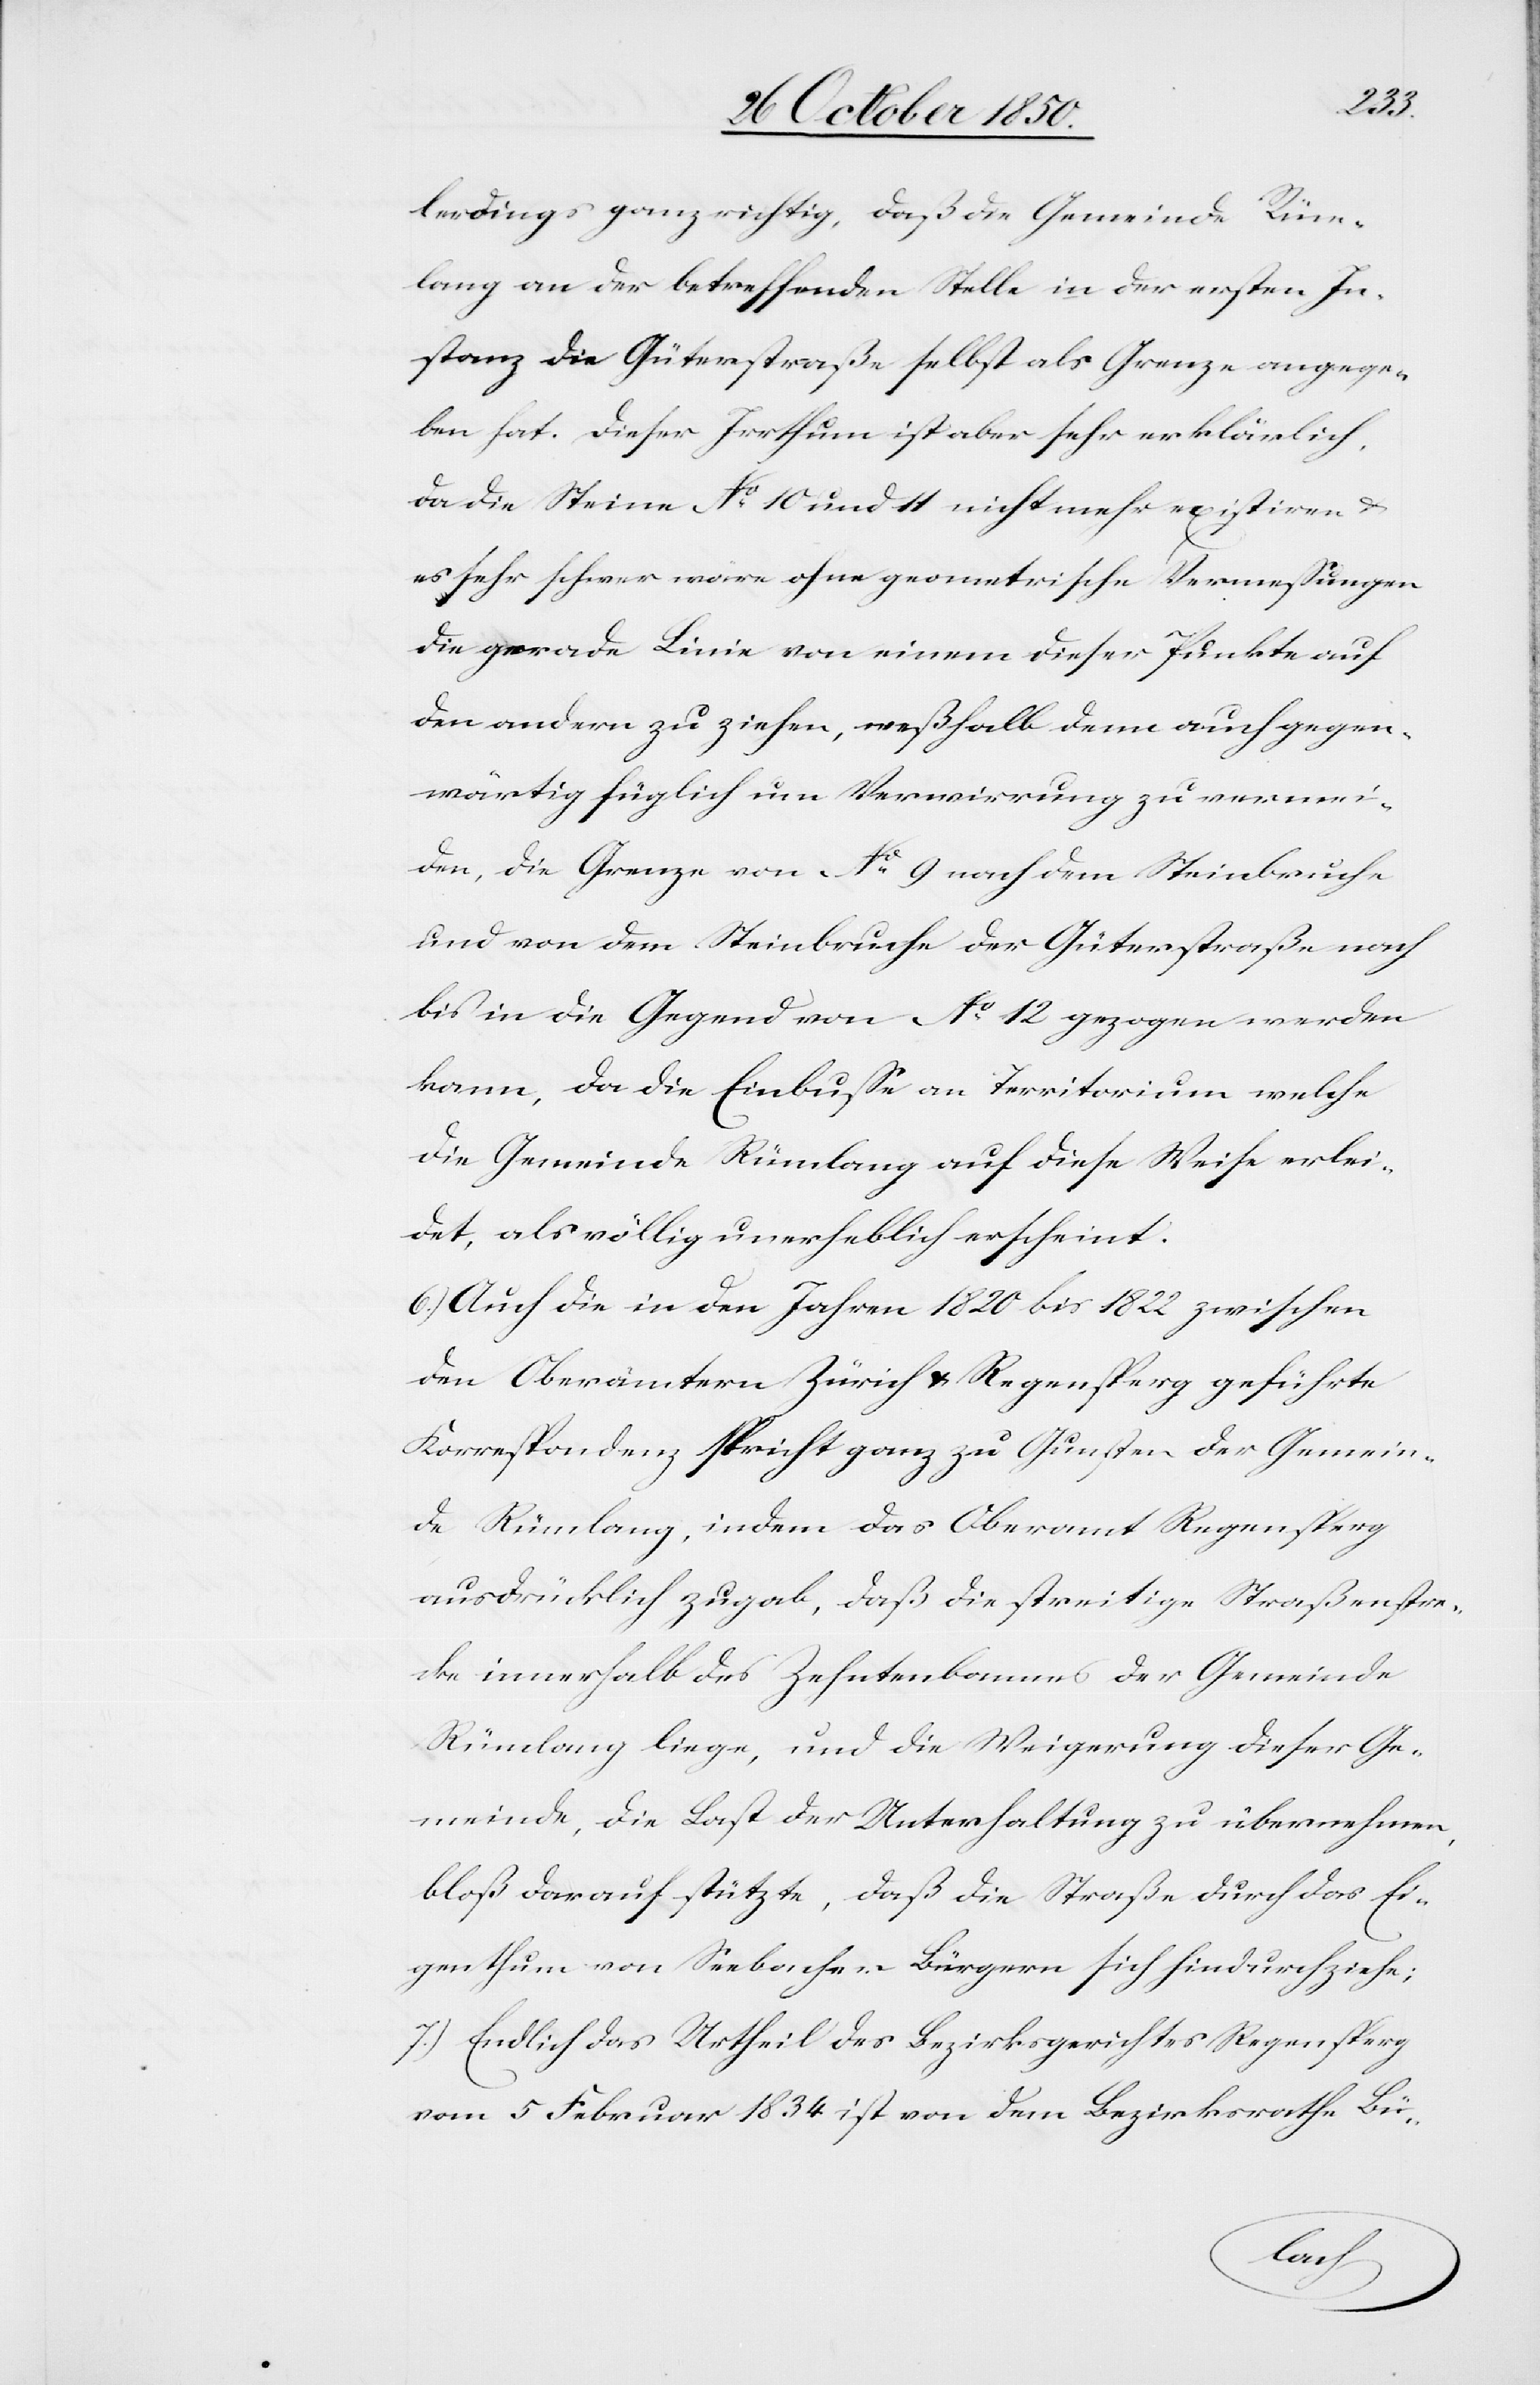
lerdings ganz richtig, daß die Gemeinde Rüm¬
lang an der betreffenden Stelle in der ersten In¬
stanz die Güterstraße selbst als Grenze angege¬
ben hat. Dieser Irrthum ist aber sehr erklärlich,
da die Steine No 10 und 11 nicht mehr existiren &
es sehr schwer wäre ohne geometrische Vermessungen
die gerade Linie von einem dieser Punkte auf
den andern zu ziehen, weßhalb denn auch gegen¬
wärtig füglich um Verwirrung zu vermei¬
den, die Grenze von No 9 nach dem Steinbruche
und von dem Steinbruche der Güterstraße nach
bis in die Gegend von No 12 gezogen werden
kann, da die Einbusse an Territorium welche
die Gemeinde Rümlang auf diese Weise erlei¬
det, als völlig unerheblich erscheint.
6.) Auch die in den Jahren 1820 bis 1822 zwischen
den Oberämtern Zürich & Regensperg geführte
Korrespondenz spricht ganz zu Gunsten der Gemein¬
de Rümlang, indem das Oberamt Regensperg
ausdrücklich zugab, daß die streitige Straßenstre¬
cke innerhalb des Zehntenbannes der Gemeinde
Rümlang liege, und die Weigerung dieser Ge¬
meinde, die Last der Unterhaltung zu übernehmen,
bloß darauf stütze, daß die Straße durch das Ei¬
genthum von Seebacher Bürgern sich hindurchziehe;
7.) Endlich das Urtheil des Bezirksgerichtes Regensperg
vom 5 Februar 1834 ist von dem Bezirksrathe Bü-